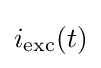
i_{\text{exc}}(t)